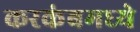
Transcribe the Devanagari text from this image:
करकंबमध्ये